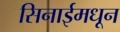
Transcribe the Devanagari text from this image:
सिनाईमधून